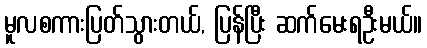
မူလစကားပြတ်သွားတယ်, ပြန်ပြီး ဆက်မေးရဦးမယ်။